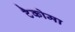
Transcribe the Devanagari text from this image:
टैकोमा